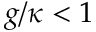
g / \kappa < 1